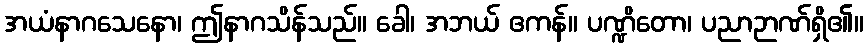
အယံနာဂသေနော၊ ဤနာဂသိန်သည်။ ခေါ၊ အဘယ် ဧကန်။ ပဏ္ဍိတော၊ ပညာဉာဏ်ရှိ၏။